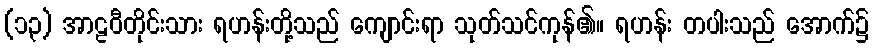
(၁၃) အာဠဝီတိုင်းသား ရဟန်းတို့သည် ကျောင်းရာ သုတ်သင်ကုန်၏။ ရဟန်း တပါးသည် အောက်၌